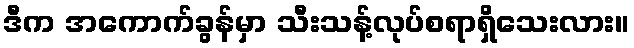
ဒီက အကောက်ခွန်မှာ သီးသန့်လုပ်စရာရှိသေးလား။